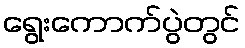
ရွေးကောက်ပွဲတွင်